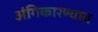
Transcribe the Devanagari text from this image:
अंगिकारण्यात